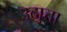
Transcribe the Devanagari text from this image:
उदात्ता